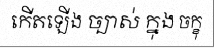
កើតឡើង ច្បាស់ ក្នុង ចក្ខុ